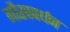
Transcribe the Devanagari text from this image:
गौरववर्धन